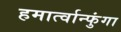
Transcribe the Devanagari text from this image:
हमार्त्वान्फुंगा